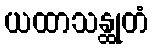
ယထာသန္ထုတံ